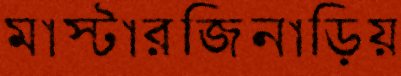
মাস্টারজিনাড়িয়